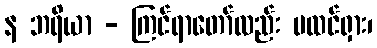
န ဘရိယာ - ကြင်ရာတော်လည်း မထင်ရှား၊